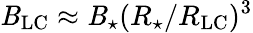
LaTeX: \mathit{B}_{\mathrm{{LC}}}\approx\mathit{B}_{\star}(R_{\star}/R_{\mathrm{{LC}}})^{3}